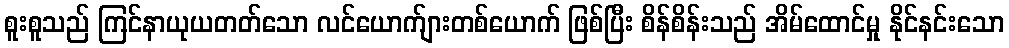
စူးစူသည် ကြင်နာယုယတတ်သော လင်ယောက်ျားတစ်ယောက် ဖြစ်ပြီး စိန်စိန်းသည် အိမ်ထောင်မှု နိုင်နင်းသော